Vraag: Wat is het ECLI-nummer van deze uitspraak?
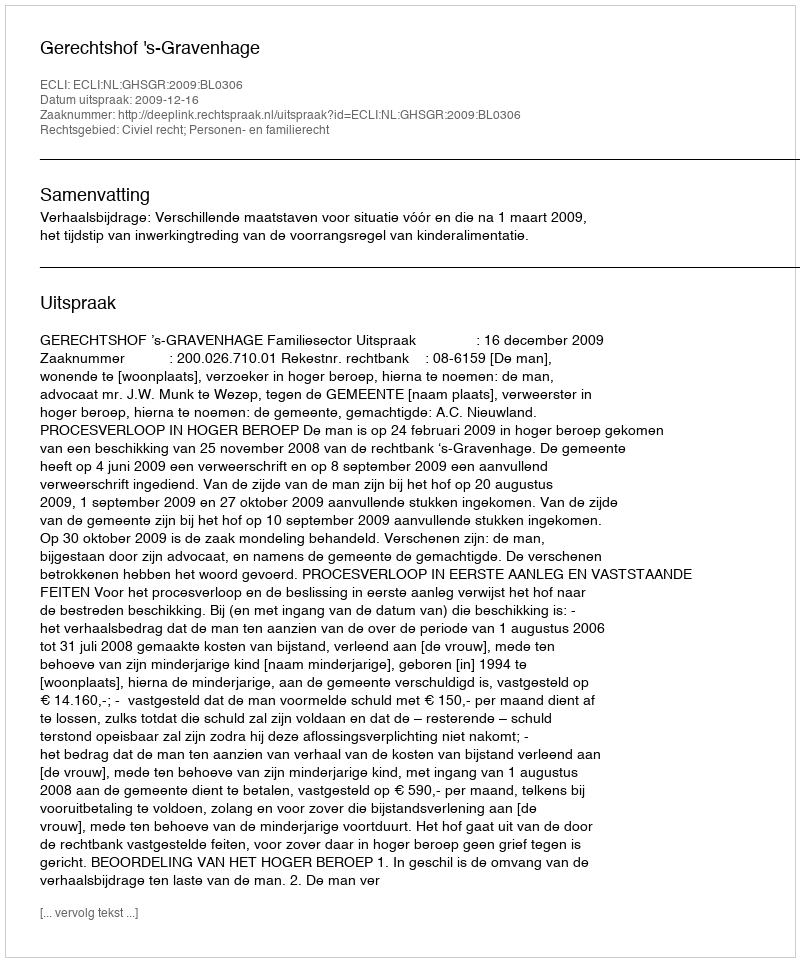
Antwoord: ECLI:NL:GHSGR:2009:BL0306